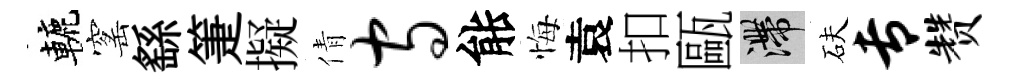
轆窰繇箑擬倩守䏻悔袁扣甌滯砆专赞